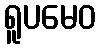
ရူပမေဝ